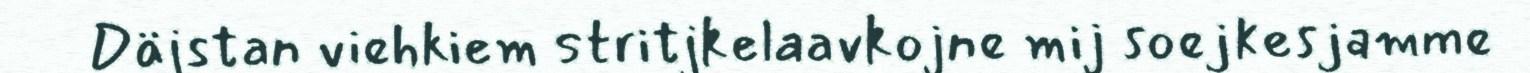
Däjstan viehkiem stritjkelaavkojne mij soejkesjamme